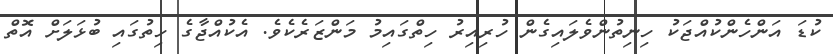
ކުޑަ އަންހެންކުއްޖަކު ހިނިތުންވެލައިގެން ހުރިއިރު ހިތްގައިމު މަންޒަރެކެވެ. އެކުއްޖާގެ ހިތުގައި ބުޅަލަށް އޮތް